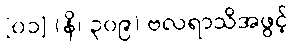
[၀၁] (နိ၊ ၃၀၉) ဗလရာသိအဖွင့်